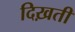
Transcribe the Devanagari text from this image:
दिख़ती